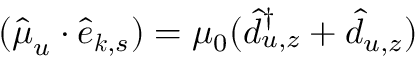
( \hat { \boldsymbol \mu } _ { u } \cdot \hat { \boldsymbol e } _ { { \boldsymbol k } , { s } } ) = \mu _ { 0 } ( \hat { d } _ { u , z } ^ { \dagger } + \hat { d } _ { u , z } )